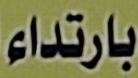
بارتداء